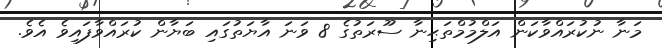
މަނާ ނުކުރައްވާކަން އަލްމުމްތަޙިނާ ސޫރަތުގެ 8 ވަނަ އާޔަތުގައި ބަޔާން ކުރައްވާފައިވެ އެވެ.